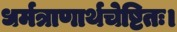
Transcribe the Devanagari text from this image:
धर्मत्राणार्थचेष्टितः।